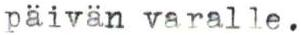
päivän varalle.